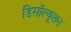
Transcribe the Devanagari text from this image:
डिसॉल्यूशन